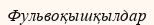
Фульвоқышқылдар